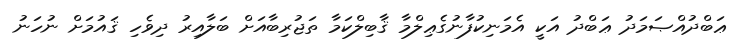
ޢަބްދުއްޞަމަދު ޢަބްދު އަކީ އެމަނިކުފާނުގެޢިލްމާ ޤާބިލްކަމާ ތަޖުރިބާއަށް ބަލާއިރު ދިވެހި ޤައުމަށް ނުހަނު